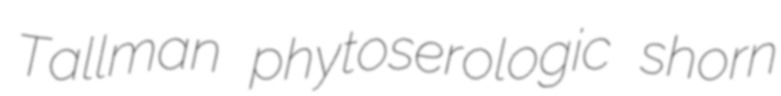
Tallman phytoserologic shorn